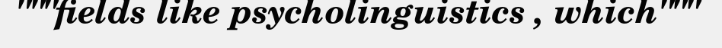
"""fields like psycholinguistics , which"""